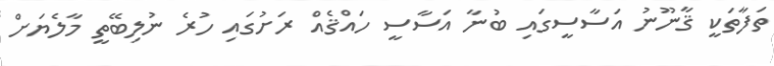
ތަފާތަކީ ޤާނޫނު އަސާސީގައި ބުނާ އަސާސީ ހައްޤެއް ރަށުގައި ހުރެ ނުލިބޭތީ މާލެޔަށް